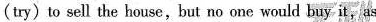
(try)to sell the house,but no one would buy it,as